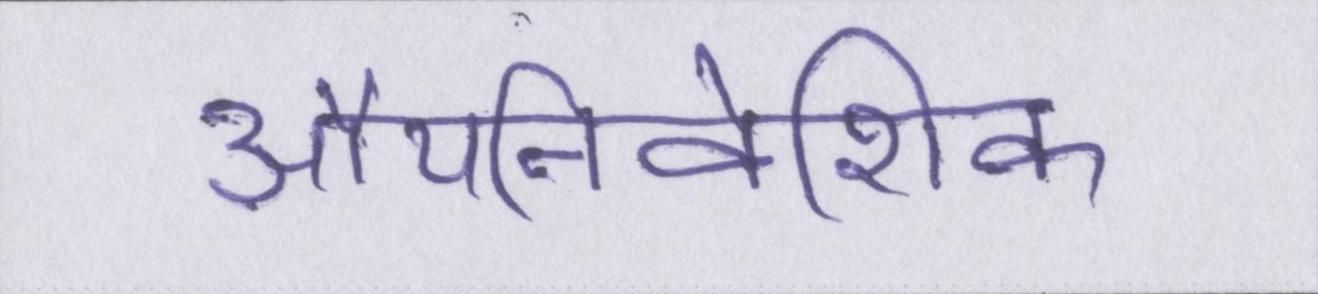
औपनिवेशिक